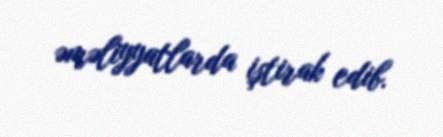
əməliyyatlarda iştirak edib.